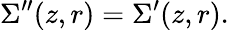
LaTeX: \Sigma^{\prime\prime}(z,r)=\Sigma^{\prime}(z,r).